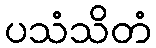
ပသံသိတံ